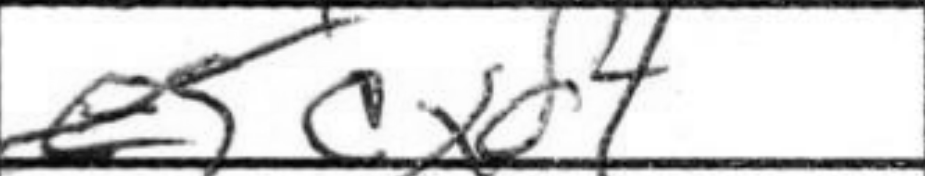
Transcription: cxd4